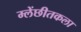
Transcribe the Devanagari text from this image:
म्लेंछीतकला